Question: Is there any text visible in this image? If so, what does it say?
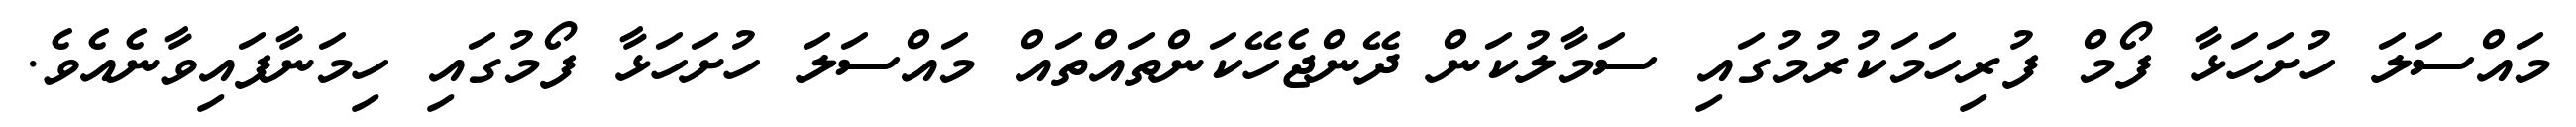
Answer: މައްސަލަ ހުށަހަޅާ ފޯމް ފުރިހަމަކުރުމުގައި ސަމާލުކަން ދޭންޖެހޭކަންތައްތައް މައްސަލަ ހުށަހަޅާ ފޯމުގައި ހިމަނާފައިވާނެއެވެ.